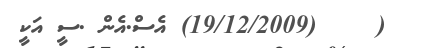
(    (19/12/2009) އެސް.އެން .ސީ އަކީ